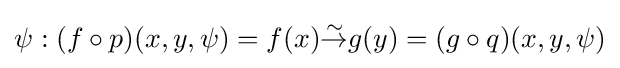
\psi :(f\circ p)(x,y,\psi )=f(x){\overset {\sim }{\to }}g(y)=(g\circ q)(x,y,\psi )